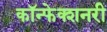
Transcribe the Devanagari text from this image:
कॉन्फेक्शनरी